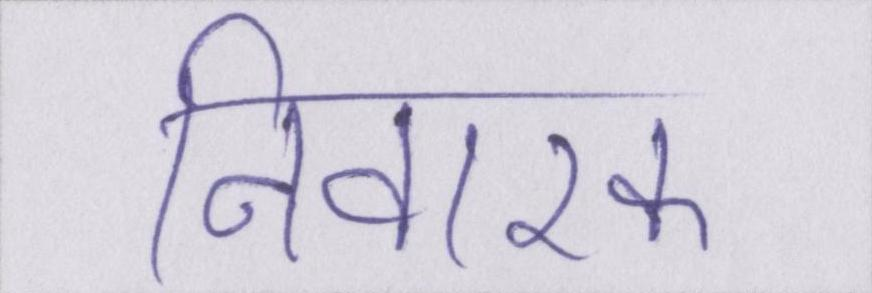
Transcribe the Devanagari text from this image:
निवारक